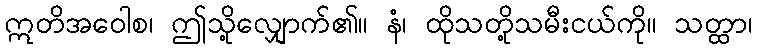
ဣတိအဝေါစ၊ ဤသို့လျှောက်၏။ နံ၊ ထိုသတို့သမီးငယ်ကို။ သတ္ထာ၊